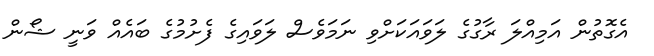
އެގޮތުން އަމިއްލަ ރާގުގެ ލަވައަކަށްވި ނަމަވެސް ލަވައިގެ ފެށުމުގެ ބައެއް ވަނީ ޝޯން